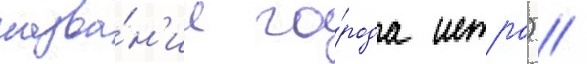
назва́н'ие го́рода истра) //